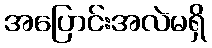
အပြောင်းအလဲမရှိ